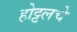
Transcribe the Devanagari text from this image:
होट्टलचे